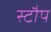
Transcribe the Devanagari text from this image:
स्टौप